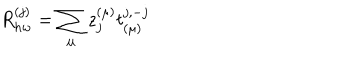
LaTeX: R _ { h w } ^ { ( j ) } = \sum _ { \mu } z _ { j } ^ { ( \mu ) } t _ { ( \mu ) } ^ { j , - j }